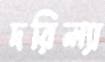
দরিল্যা